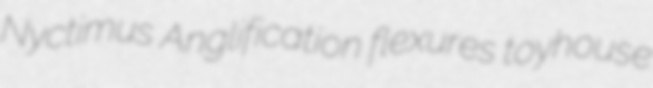
Nyctimus Anglification flexures toyhouse